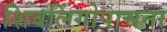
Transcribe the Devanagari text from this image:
शिवलिंगोपासना